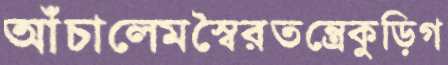
আঁচালেমস্বৈরতন্ত্রেকুড়িগ